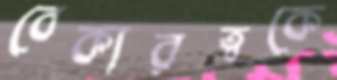
বেকারত্বকে